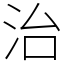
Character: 治